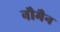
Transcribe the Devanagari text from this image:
नौमैन